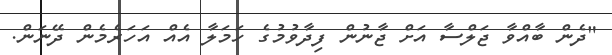
"ދެން ބާއްވާ ޖަލްސާ އަށް ޖާނުން ފިދާވުމުގެ ހަމަލާ އެއް އަހަރެމެން ދޭނަން.